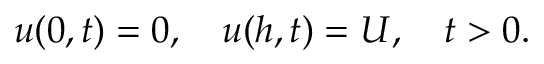
u ( 0 , t ) = 0 , \quad u ( h , t ) = U , \quad t > 0 .